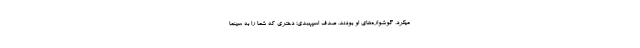
میکرد، گوشواره‌های او بودند. صدف اسپهبدی؛ دختری که شما را به سینما